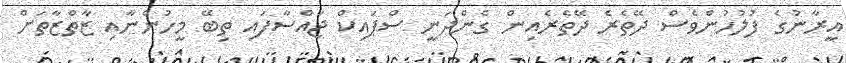
އީރާނުގެ ފުލުހުންވެސް ދޭތެރެ ދޭތެރެއިން ގެންދަނީ ސްޕައިކް ޖައްސާފައި ތިބޭ މީހުންނާއި ޒާތްޒާތަށް